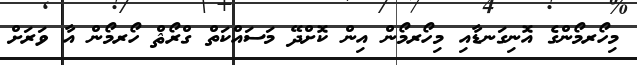
މިހޯރމޯންގެ އޮނިގަނޑާއި މިހޯރމޯން އިން ކޮށްދޭ މަސައްކަތް ގްރޯޘް ހޯރމޯން އާ ވަރަށް